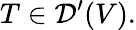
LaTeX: T\in{\mathcal{D}}^{\prime}(V).